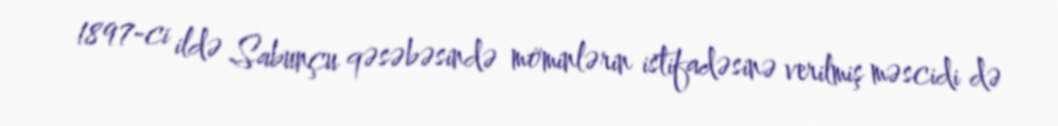
1897-ci ildə Sabunçu qəsəbəsində möminlərin istifadəsinə verilmiş məscidi də